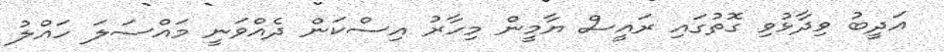
އަދީބު ވިދާޅުވި ގޮތުގައި ރައީސް ޔާމީން މިހާރު އިސްކަން ދެއްވަނީ މައްސަލަ ހައްލު